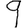
Digit: 9